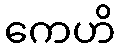
ကေဟိ